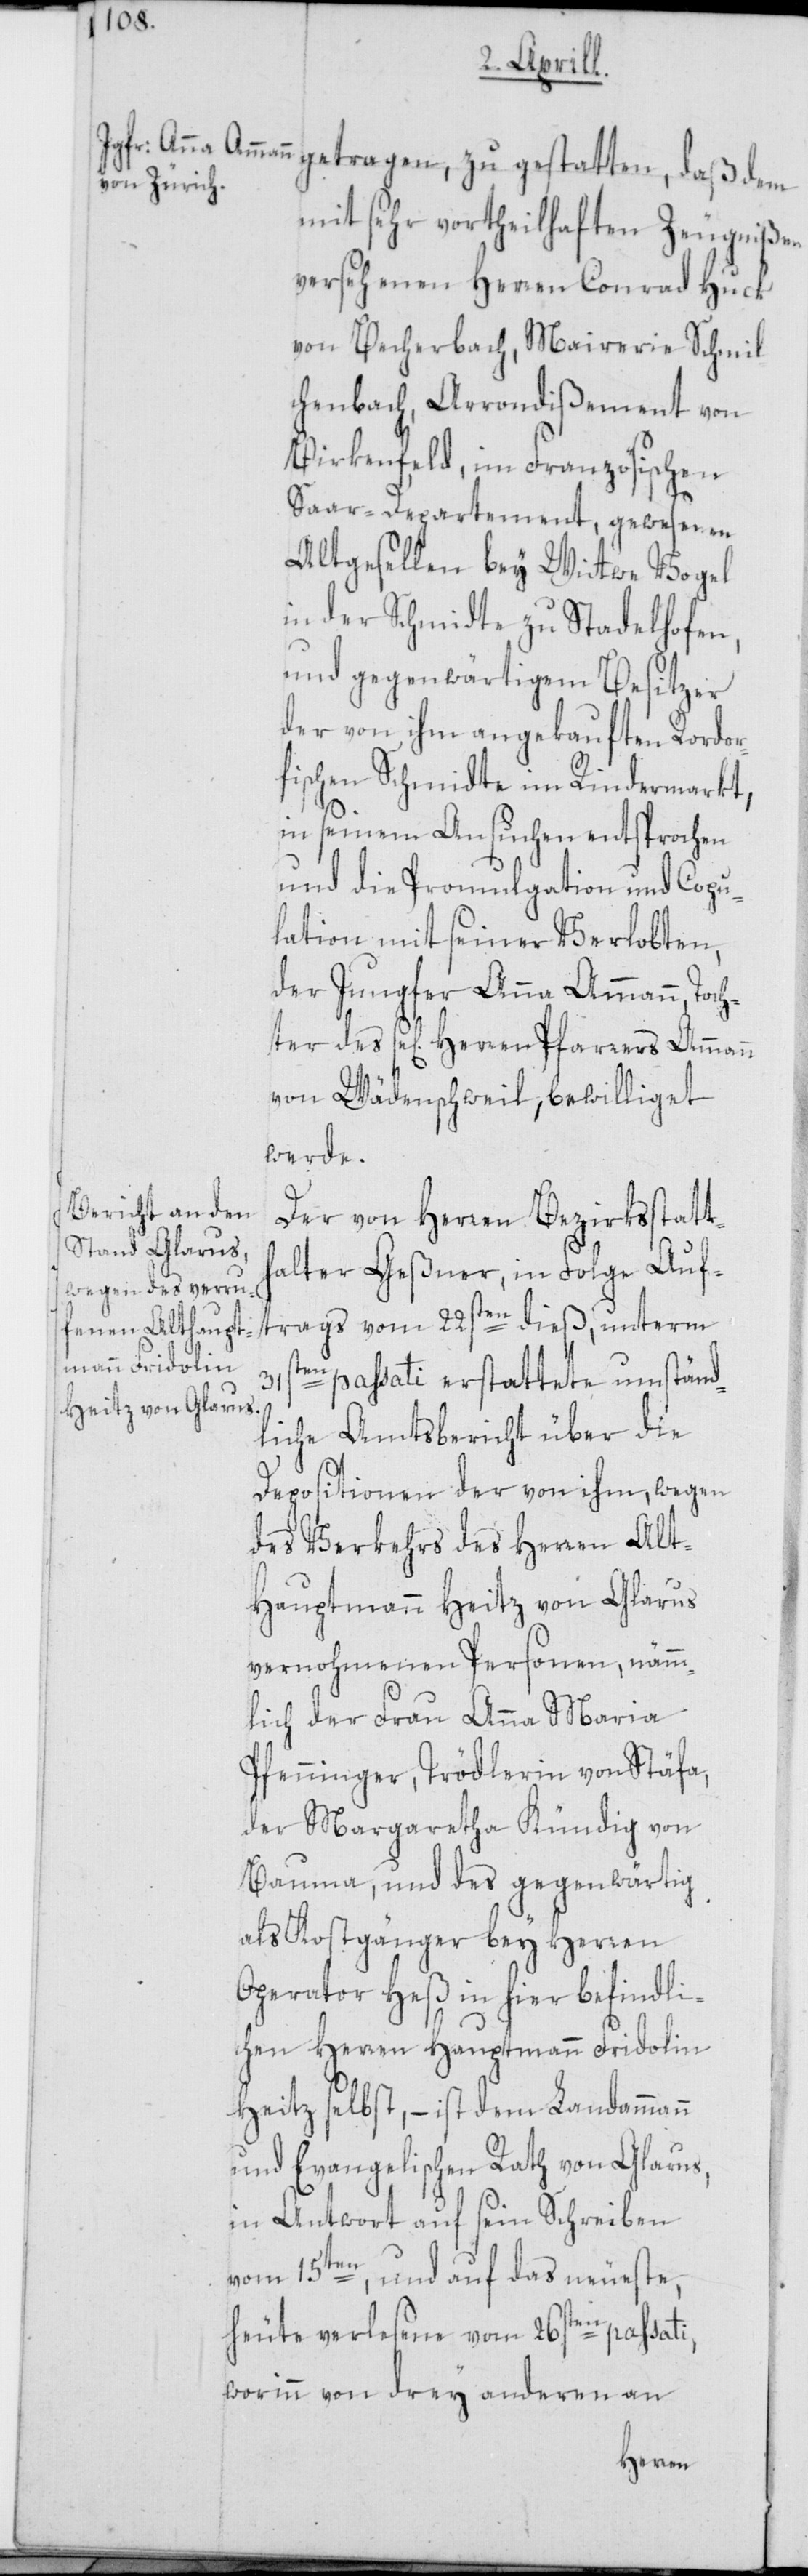
trags vom
getragen, zu gestatten, daß dem
mit sehr vortheilhaften Zeugnißen
versehenen Herren Conrad Huck
chenbach, Arrondißement von
Birkenfeld, im Französischen
Saar-Departement, gewesenen
Altgesellen bey Wittwe Vogel
in der Schmidte zu Stadelhofen,
und gegenwärtigem Besitzer
der von ihm angekauften Rordor¬
fischen Schmidte im Rindermarkt,
in seinem Ansuchen entsprochen
und die Promulgation und Copu¬
lation mit seiner Verlobten,
der Jungfer Anna Ammann, Toch¬
ter des se[ligen] Herren Pfarrers Ammann
von Wädenschweil, bewilliget
werde.
Der von Herren Bezirksstatth¬
alter Geßner, in Folge Auf¬
31sten passati erstattete umständ¬
liche Amtsbericht über die
Depositionen der von ihm, wegen
des Verkehrs des Herren Alt¬
hauptmann Heitz von Glarus
vernohmenen Personen, nämm¬
lich der Frau Anna Maria
Pfenninger, Trödlerin von Stäfa,
der Margaretha Kündig von
Bauma, und des gegenwärtig
als Kostgänger bey Herren
Operator Heß in hier befindli¬
chen Herren Hauptmann Fridolin
Heitz selbst, – ist dem Landammann
und Evangelischen Rath von Glarus,
in Antwort auf sein Schreiben
vom 15ten, und auf das neueste,
heute verlesene vom 26sten passati,
worinn von drey anderen an